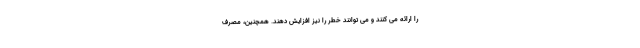
را ارائه می کنند و می توانند خطر را نیز افزایش دهند. همچنین، مصرف